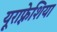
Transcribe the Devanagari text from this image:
यूराफ़्रेशिया